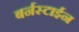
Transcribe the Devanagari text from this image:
बर्नस्टाईन